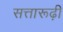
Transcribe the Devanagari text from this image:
सत्तारूढ़ी